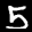
Label: 5